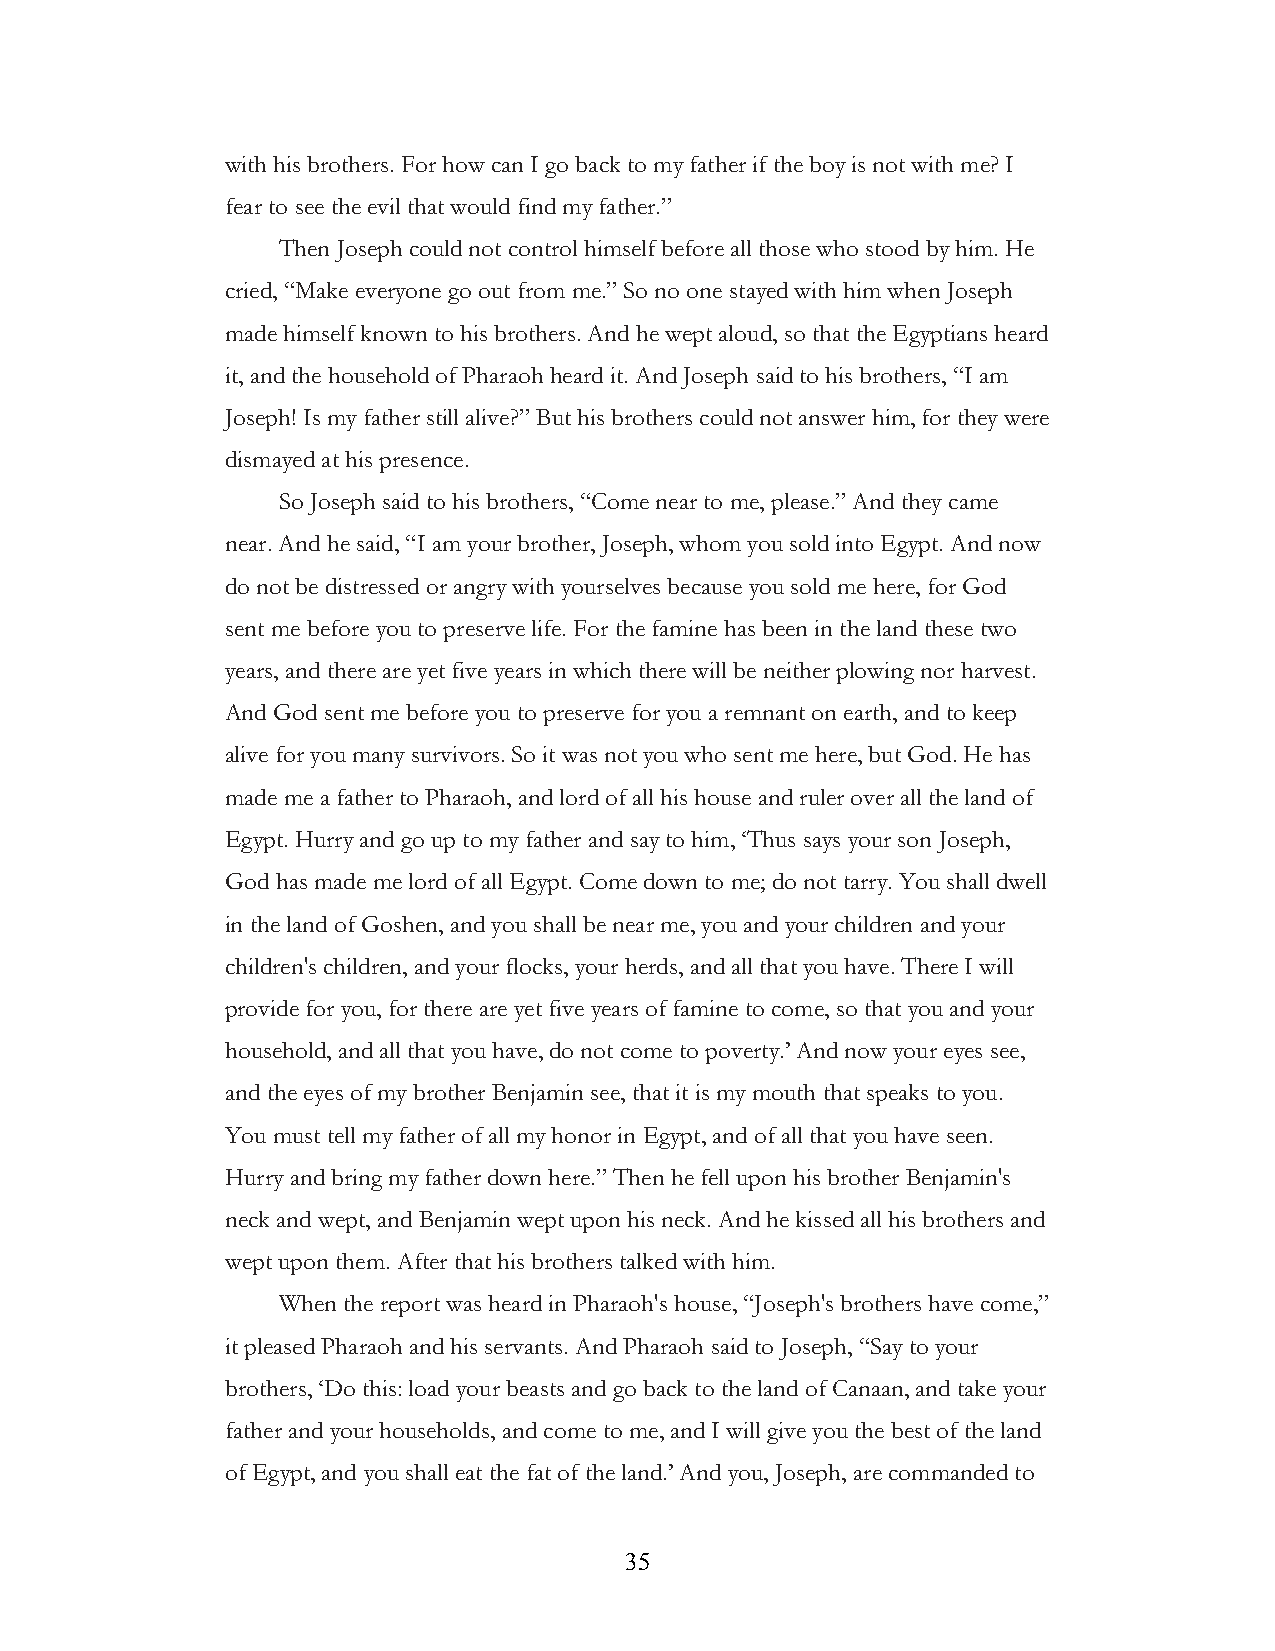
with his brothers. For how can I go back to my father if the boy is not with me? I
 fear to see the evil that would find my father.”
 Then Joseph could not control himself before all those who stood by him. He
 cried, “Make everyone go out from me.” So no one stayed with him when Joseph
 made himself known to his brothers. And he wept aloud, so that the Egyptians heard
 it, and the household of Pharaoh heard it. And Joseph said to his brothers, “I am
 Joseph! Is my father still alive?” But his brothers could not answer him, for they were
 dismayed at his presence.
 So Joseph said to his brothers, “Come near to me, please.” And they came
 near. And he said, “I am your brother, Joseph, whom you sold into Egypt. And now
 do not be distressed or angry with yourselves because you sold me here, for God
 sent me before you to preserve life. For the famine has been in the land these two
 years, and there are yet five years in which there will be neither plowing nor harvest.
 And God sent me before you to preserve for you a remnant on earth, and to keep
 alive for you many survivors. So it was not you who sent me here, but God. He has
 made me a father to Pharaoh, and lord of all his house and ruler over all the land of
 Egypt. Hurry and go up to my father and say to him, ‘Thus says your son Joseph,
 God has made me lord of all Egypt. Come down to me; do not tarry. You shall dwell
 in the land of Goshen, and you shall be near me, you and your children and your
 children's children, and your flocks, your herds, and all that you have. There I will
 provide for you, for there are yet five years of famine to come, so that you and your
 household, and all that you have, do not come to poverty.’ And now your eyes see,
 and the eyes of my brother Benjamin see, that it is my mouth that speaks to you.
 You must tell my father of all my honor in Egypt, and of all that you have seen.
 Hurry and bring my father down here.” Then he fell upon his brother Benjamin's
 neck and wept, and Benjamin wept upon his neck. And he kissed all his brothers and
 wept upon them. After that his brothers talked with him.
 When the report was heard in Pharaoh's house, “Joseph's brothers have come,”
 it pleased Pharaoh and his servants. And Pharaoh said to Joseph, “Say to your
 brothers, ‘Do this: load your beasts and go back to the land of Canaan, and take your
 father and your households, and come to me, and I will give you the best of the land
 of Egypt, and you shall eat the fat of the land.’ And you, Joseph, are commanded to
 !                         35